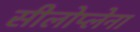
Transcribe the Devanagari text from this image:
सीलोप्लेना